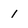
Character: 1